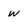
Character: w